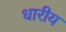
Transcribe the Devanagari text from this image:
धारीय